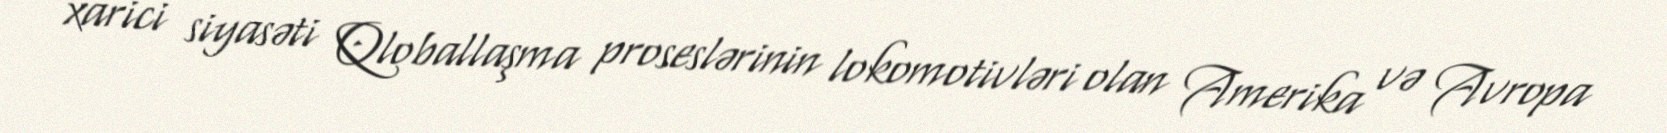
xarici siyasəti Qloballaşma proseslərinin lokomotivləri olan Amerika və Avropa